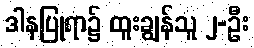
ဒါနပြုရာ၌ ထူးချွန်သူ ၂-ဦး